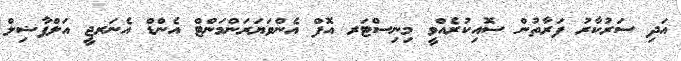
އަދި ސަރުކާރު ފަރާތުން ސޮއިކުރެއްވީ މިނިސްޓަރ އޮފް އެންވަޔަރަންމަންޓް އެންޑް އެނަރޖީ އަލްފާޟިލް